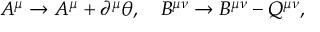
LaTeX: A ^ { \mu } \rightarrow A ^ { \mu } + \partial ^ { \mu } \theta , ~ ~ ~ B ^ { \mu \nu } \rightarrow B ^ { \mu \nu } - Q ^ { \mu \nu } ,